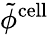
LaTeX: \tilde{\phi}^{\mathrm{cell}}